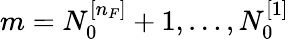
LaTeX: m=N_{0}^{[n_{F}]}+1,\dots,N_{0}^{[1]}